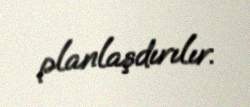
planlaşdırılır.